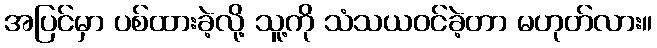
အပြင်မှာ ပစ်ထားခဲ့လို့ သူ့ကို သံသယဝင်ခဲ့တာ မဟုတ်လား။